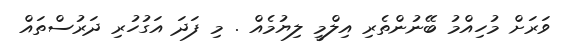
ވަރަށް މުހިއްމު ބޭނުންތެރި އިލްމީ ލިޔުމެއް . މި ފަދަ އަގުހުރި ދަރުސްތައް